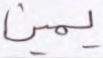
يمين